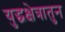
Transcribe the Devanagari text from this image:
युद्धक्षेत्रातुन